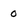
Character: 0